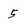
Character: 5